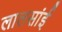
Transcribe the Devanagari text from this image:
लालसांई